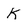
Character: k